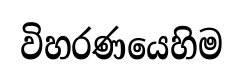
විහරණයෙහිම